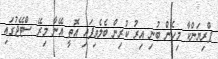
ޕްރިޔަންކާ މިހެން ބުނި އިރު ކުރިން ބެލެވިފައި އޮތީ އޭނާ މިރޭ ސްޓޭޖުގައި